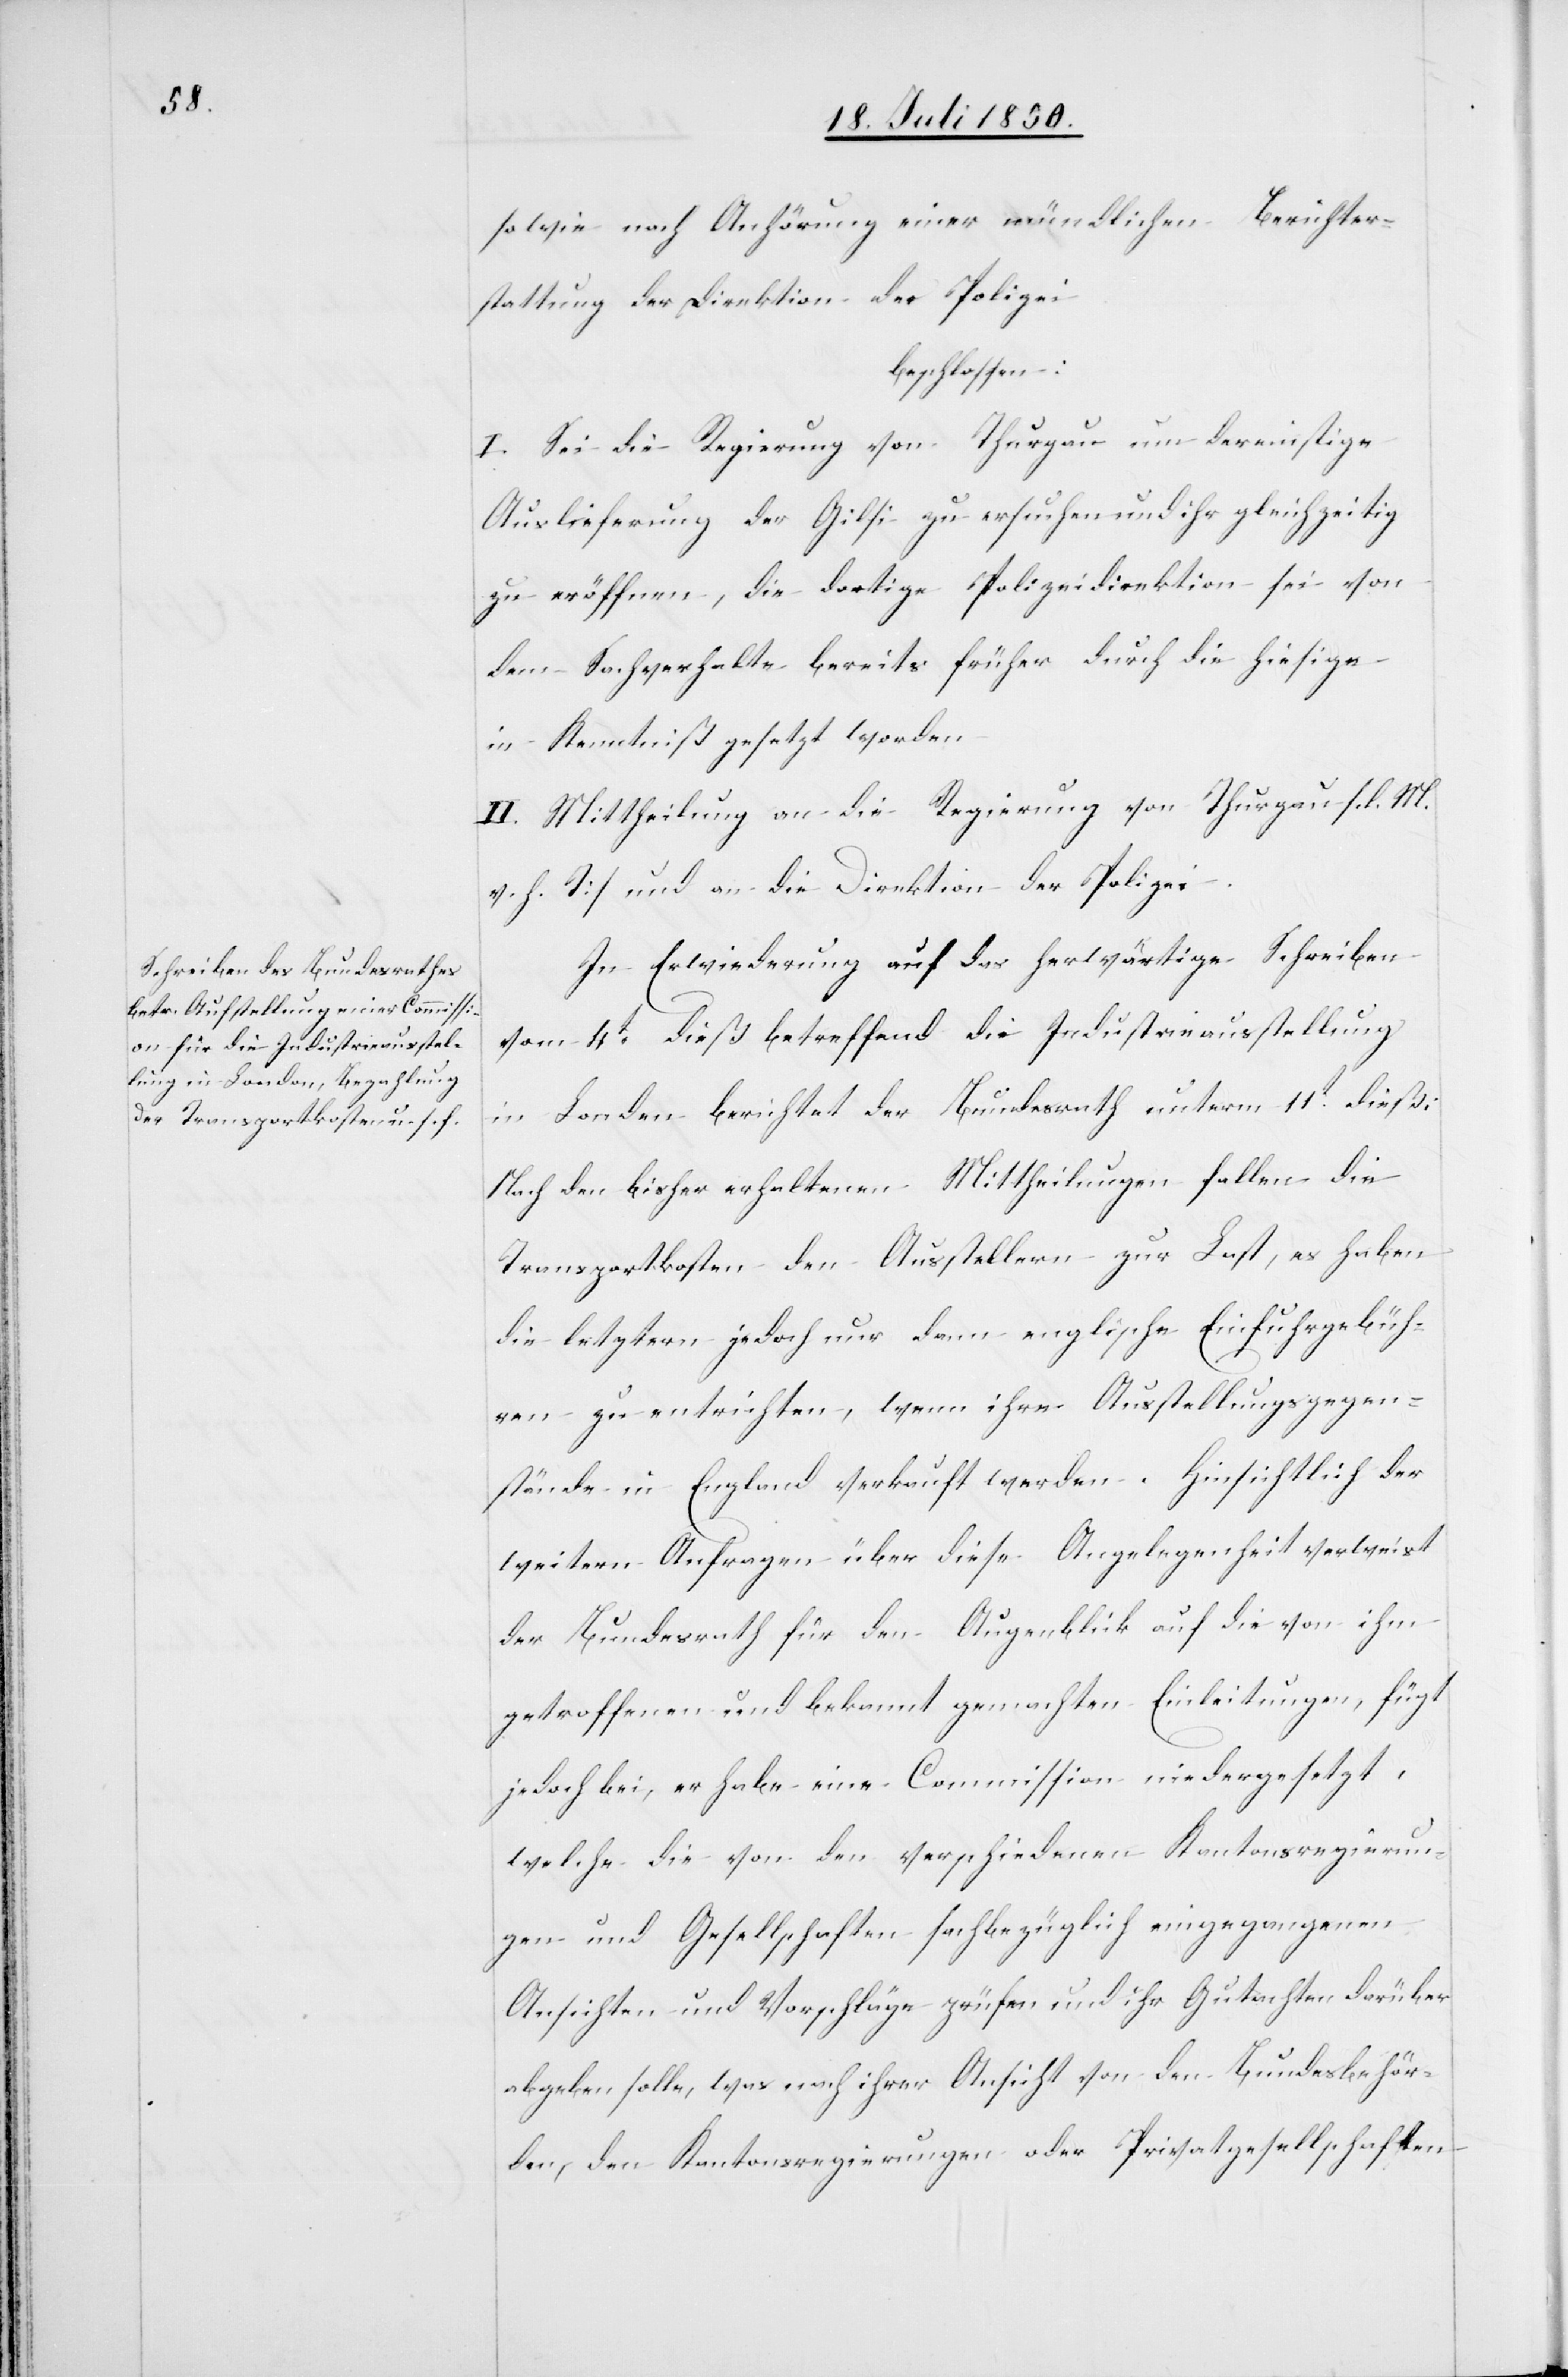
sowie nach Anhörung einer mündlichen Berichter¬
stattung der Direktion der Polizei
beschlossen:
I. Sei die Regierung von Thurgau um dereinstige
Auslieferung der Gilsi zu ersuchen und ihr gleichzeitig
zu eröffnen, die dortige Polizeidirektion sei von
dem Sachverhalte bereits früher durch die hiesige
in Kenntniß gesetzt worden.
II. Mittheilung an die Regierung von Thurgau [l. M.
v. h. T] und an die Direktion der Polizei.
In Erwiederung auf das herwärtige Schreiben
vom 4t dieß betreffend die Industrieausstellung
Nach den bisher erhaltenen Mittheilungen fallen die
Transportkosten den Ausstellern zur Last, es haben
die letztern jedoch nur dann englische Einfuhrgebüh¬
ren zu entrichten, wenn ihre Ausstellungsgegen¬
stände in England verkauft werden. Hinsichtlich der
weitern Anfragen über diese Angelegenheit verweist
der Bundesrath für den Augenblick auf die von ihm
getroffenen und bekannt gemachten Einleitungen, fügt
jedoch bei, er habe eine Commission niedergesetzt,
welche die von den verschiedenen Kantonsregierun¬
gen und Gesellschaften sachbezüglich eingegangenen
Ansichten und Vorschläge prüfen und ihr Gutachten darüber
abgeben solle, was nach ihrer Ansicht von den Bundesbehör¬
den, den Kantonsregierungen oder Privatgesellschaften